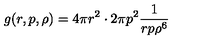
g ( r , p , \rho ) = 4 \pi r ^ { 2 } \cdot 2 \pi p ^ { 2 } \frac { 1 } { r p \rho ^ { 6 } }